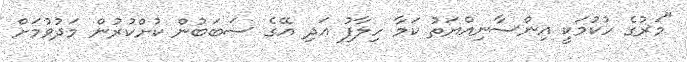
"މަރުގެ ހުކުމަކީ އިންސާނިއްޔަތު ކަމާ ހިލާފު އަދި އޭގެ ސަބަބުން ކުށްކުރުން މަދުވުމަށް